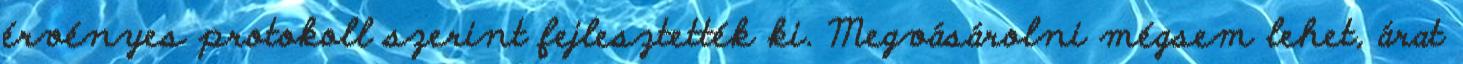
érvényes protokoll szerint fejlesztették ki. Megvásárolni mégsem lehet, árat